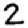
Digit: 2